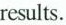
results.